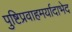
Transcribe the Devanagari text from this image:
पुष्टिप्रवाहमर्यादाभेद